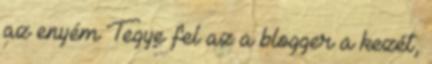
az enyém Tegye fel az a blogger a kezét,